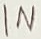
Text: IN